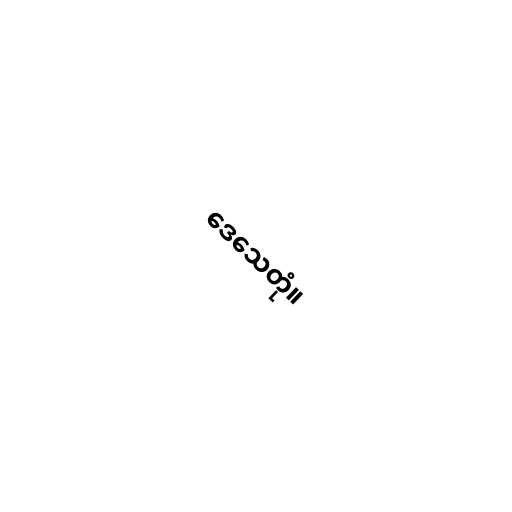
ဒေသေတုံ။